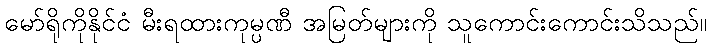
မော်ရိုကိုနိုင်ငံ မီးရထားကုမ္ပဏီ အမြတ်များကို သူကောင်းကောင်းသိသည်။